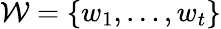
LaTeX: {\mathcal{W}}=\{ w_{1},\ldots,w_{t}\}